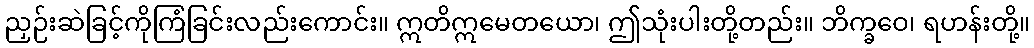
ညှဉ်းဆဲခြင့်ကိုကြံခြင်းလည်းကောင်း။ ဣတိဣမေတယော၊ ဤသုံးပါးတို့တည်း။ ဘိက္ခဝေ၊ ရဟန်းတို့။